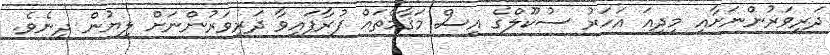
ދަރިވަރުންނަށާއި މިދިއަ އަހަރު ސުކޫލްގެ އިސް މަޤާމްތައް ފުރާފައިވާ ދަރިވަރުންނަށް ލިޔުން ދިނެވެ.